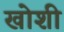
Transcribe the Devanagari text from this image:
खोशी